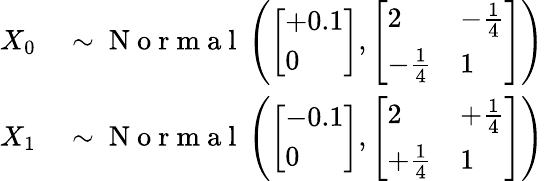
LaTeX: \begin{array}{rl}{X_{0}}&{{}\sim\mathrm{~N~o~r~m~a~l~}\left(\left[\begin{array}{l}{+0.1}\\ {0}\end{array}\right],\left[\begin{array}{ll}{2}&{-\frac{1}{4}}\\ {-\frac{1}{4}}&{1}\end{array}\right]\right)}\\ {X_{1}}&{{}\sim\mathrm{~N~o~r~m~a~l~}\left(\left[\begin{array}{l}{-0.1}\\ {0}\end{array}\right],\left[\begin{array}{ll}{2}&{+\frac{1}{4}}\\ {+\frac{1}{4}}&{1}\end{array}\right]\right)}\end{array}